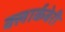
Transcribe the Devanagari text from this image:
क्लार्कबेरी